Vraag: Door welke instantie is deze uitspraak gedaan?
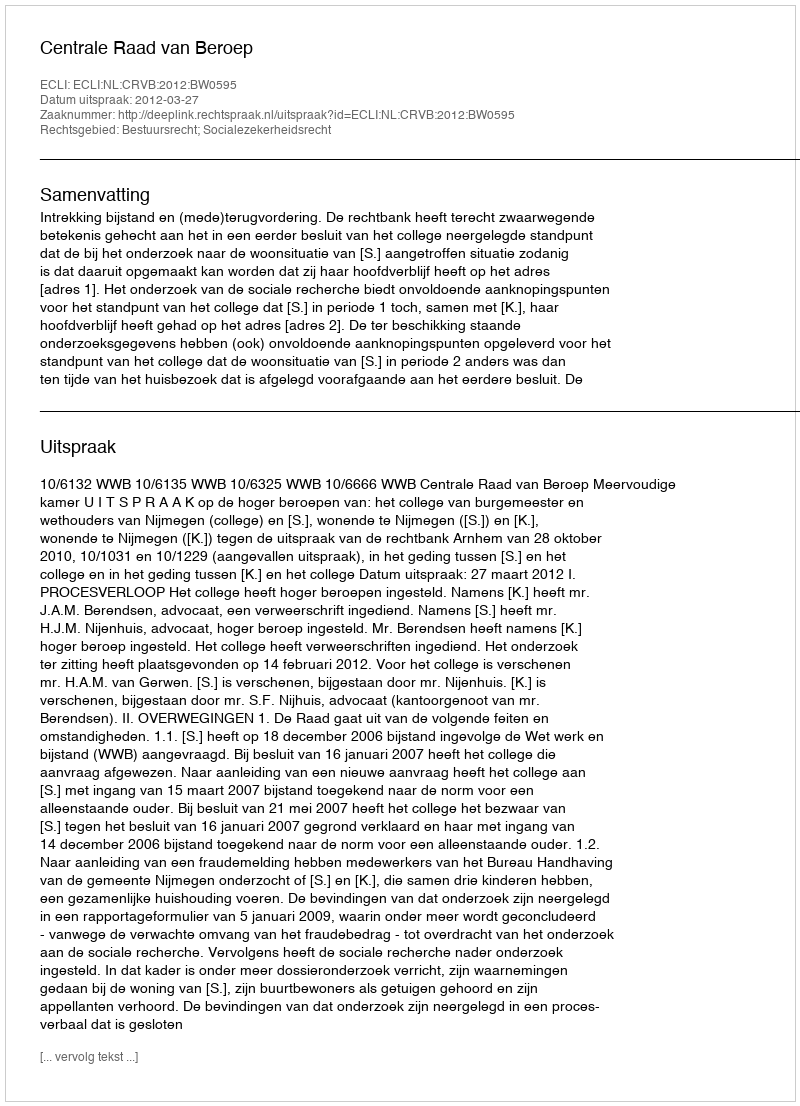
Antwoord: Centrale Raad van Beroep